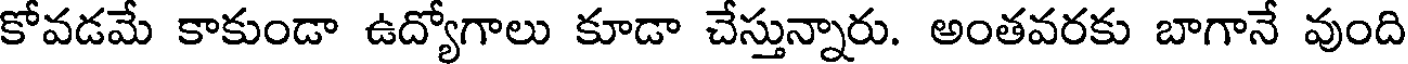
కోవడమే కాకుండా ఉద్యోగాలు కూడా చేస్తున్నారు. అంతవరకు బాగానే వుంది